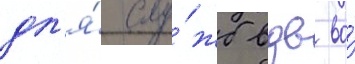
дл'я́ слу́жб вдв во́